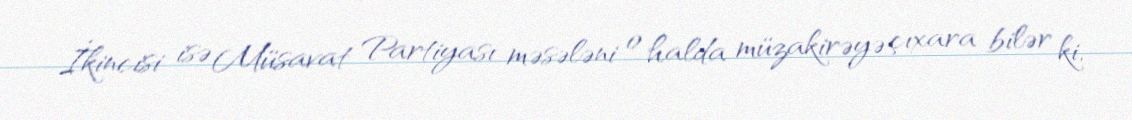
İkincisi isə Müsavat Partiyası məsələni o halda müzakirəyə çıxara bilər ki,